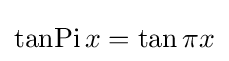
\operatorname {tanPi} x=\tan \pi x